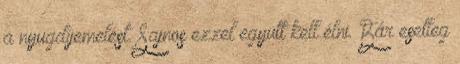
a nyugdíjemelést. Sajnos ezzel együtt kell élni. Bár esetleg